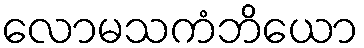
လောမသကံဘိယော